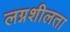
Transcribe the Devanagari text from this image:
लग्नशीलता